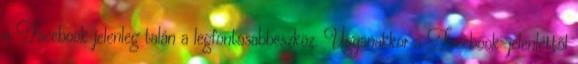
a Facebook jelenleg talán a legfontosabbeszköz. Ugyanakkor a Facebook-jelenléttől